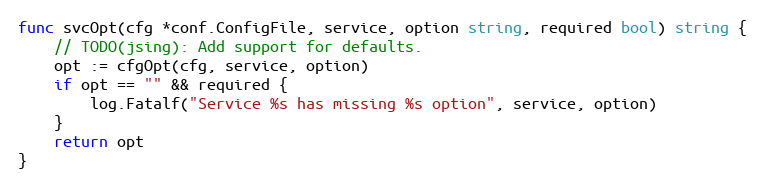
Language: Go
func svcOpt(cfg *conf.ConfigFile, service, option string, required bool) string {
	// TODO(jsing): Add support for defaults.
	opt := cfgOpt(cfg, service, option)
	if opt == "" && required {
		log.Fatalf("Service %s has missing %s option", service, option)
	}
	return opt
}